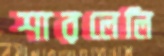
শারলেলি